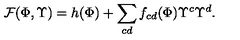
{ \cal F } { ( \Phi , { \Upsilon } ) } = h ( { \Phi } ) + \sum _ { c d } f _ { c d } ( { \Phi } ) { \Upsilon } ^ { c } { \Upsilon } ^ { d } .